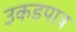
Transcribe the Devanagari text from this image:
उकडपात्र